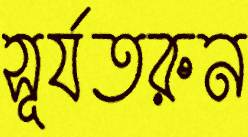
সূর্যতরুন